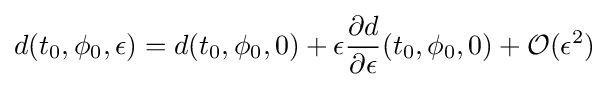
d(t_{0},\phi _{0},\epsilon )=d(t_{0},\phi _{0},0)+\epsilon {\frac {\partial d}{\partial \epsilon }}(t_{0},\phi _{0},0)+{\mathcal {O}}(\epsilon ^{2})